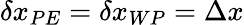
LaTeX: \delta x_{PE}=\delta x_{WP}=\Delta x